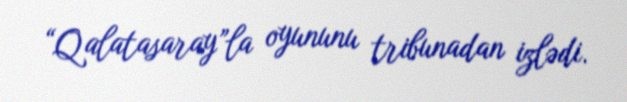
“Qalatasaray”la oyununu tribunadan izlədi.